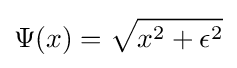
\Psi (x)={\sqrt {x^{2}+\epsilon ^{2}}}